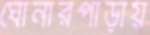
ঘোনারপাড়ায়